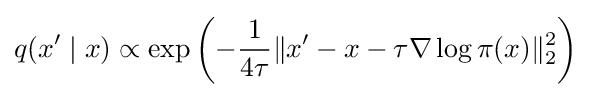
q(x'\mid x)\propto \exp \left(-{\frac {1}{4\tau }}\|x'-x-\tau \nabla \log \pi (x)\|_{2}^{2}\right)